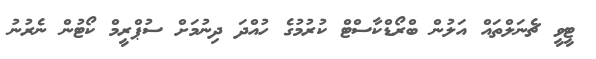
ޓީވީ ޗެނަލްތައް އަލުން ބްރޯޑްކާސްޓް ކުރުމުގެ ހުއްދަ ދިނުމަށް ސުޕްރީމް ކޯޓުން ނެރުނު